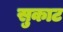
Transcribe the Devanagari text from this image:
सुकाट